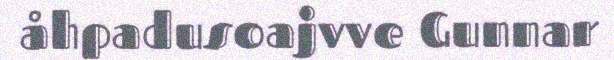
åhpadusoajvve Gunnar